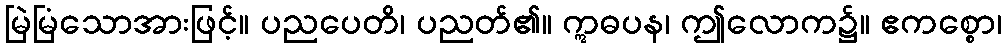
မြဲမြံသောအားဖြင့်။ ပညပေတိ၊ ပညတ်၏။ ဣဓပန၊ ဤလောက၌။ ဧကစ္စော၊